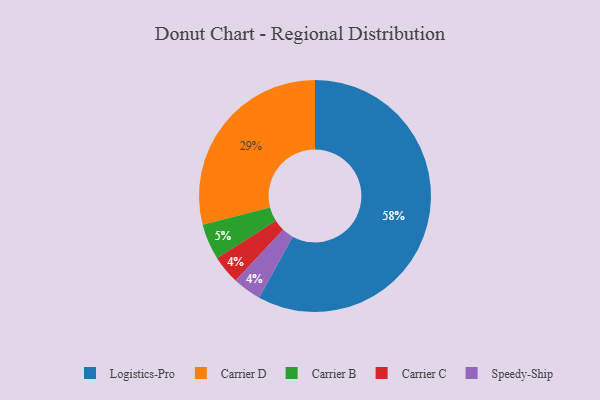
{"axis": {"x": "Category", "y": "Percentage"}, "legend": ["Carrier B", "Carrier C", "Carrier D", "Logistics-Pro", "Speedy-Ship"], "data": [{"x": "Carrier C", "y": 4, "type": "Carrier C"}, {"x": "Logistics-Pro", "y": 58, "type": "Logistics-Pro"}, {"x": "Speedy-Ship", "y": 4, "type": "Speedy-Ship"}, {"x": "Carrier B", "y": 5, "type": "Carrier B"}, {"x": "Carrier D", "y": 29, "type": "Carrier D"}]}